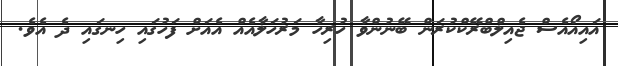
އައިއޯއެސް ޖެއިލްބްރޭކްކުރަން ބޭނުންވާ ހުރިހާ މަރުހަލާއެއް އެއަށް ފަހުގައި ހިނގައި ދެ އެވެ.